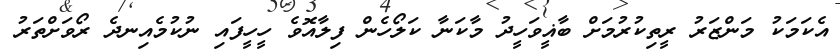
އެކަމަކު މަންޒަރު ރީތިކުރުމަށް ބާޣީވަހީދު މާކަނާ ކަލޯހެން ފިލާއޮވެ ހީހީފައި ނުކުމެއިނދެ ރޯވަށްތަރު